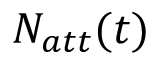
N _ { a t t } ( t )